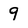
Character: 9